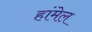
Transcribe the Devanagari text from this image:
हांमेल